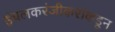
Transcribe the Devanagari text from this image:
इंचलकरंजीकरांकडून